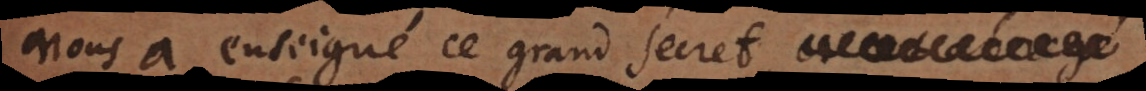
nous a enseigné ce grand secret